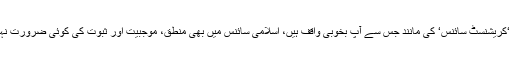
اس ‘کریشنسٹ سائنس‘ کی مانند جس سے آپ بخوبی واقف ہیں، اسلامی سائنس میں بھی منطق، موجبیت اور ثبوت کی کوئی ضرورت نہیں ۔